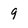
Character: 9